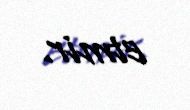
etmir.